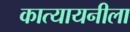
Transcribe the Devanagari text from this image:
कात्यायनीला